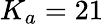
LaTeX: K_{a}=21